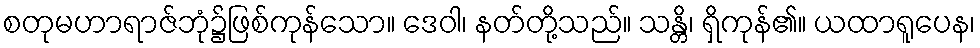
စတုမဟာရာဇ်ဘုံ၌ဖြစ်ကုန်သော။ ဒေဝါ၊ နတ်တို့သည်။ သန္တိ၊ ရှိကုန်၏။ ယထာရူပေန၊